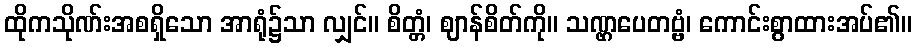
ထိုကသိုဏ်းအစရှိသော အာရုံ၌သာ လျှင်။ စိတ္တံ၊ ဈာန်စိတ်ကို။ သဏ္ဌပေတဗ္ဗံ၊ ကောင်းစွာထားအပ်၏။